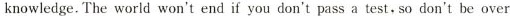
knowledge. The world won't end if you don't pass a test,so don't be over